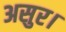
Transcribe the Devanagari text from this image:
असुर।